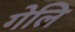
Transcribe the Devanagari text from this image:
गेलि